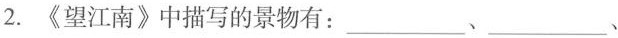
2. 《望江南》中描写的景物有___、___、